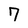
Character: 7